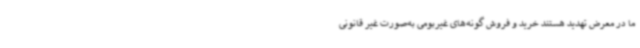
ما در معرض تهدید هستند خرید و فروش گونه‌های غیربومی به‌صورت غیر قانونی